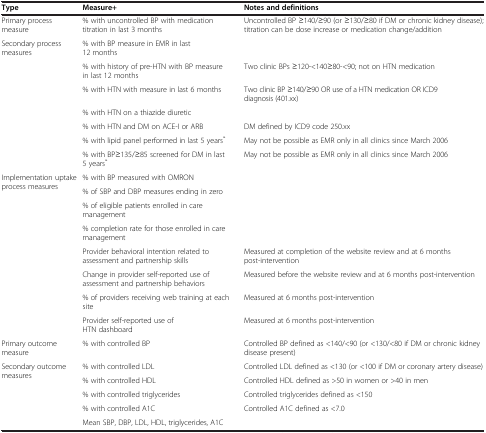
<table><thead><tr><td><b>Type</b></td><td><b>Measure+</b></td><td><b>Notes and definitions</b></td></tr></thead><tbody><tr><td>Primary process measure</td><td>% with uncontrolled BP with medication titration in last 3 months</td><td>Uncontrolled BP ≥140/≥90 (or ≥130/≥80 if DM or chronic kidney disease); titration can be dose increase or medication change/addition</td></tr><tr><td rowspan="7">Secondary process measures</td><td>% with BP measure in EMR in last 12 months</td><td> </td></tr><tr><td>% with history of pre-HTN with BP measure in last 12 months</td><td>Two clinic BPs ≥120-&lt;140≥80-&lt;90; not on HTN medication</td></tr><tr><td>% with HTN with measure in last 6 months</td><td>Two clinic BP ≥140/≥90 OR use of a HTN medication OR ICD9 diagnosis (401.xx)</td></tr><tr><td>% with HTN on a thiazide diuretic</td><td> </td></tr><tr><td>% with HTN and DM on ACE-I or ARB</td><td>DM defined by ICD9 code 250.xx</td></tr><tr><td>% with lipid panel performed in last 5 years<sup>*</sup></td><td>May not be possible as EMR only in all clinics since March 2006</td></tr><tr><td>% with BP≥135/≥85 screened for DM in last 5 years<sup>*</sup></td><td>May not be possible as EMR only in all clinics since March 2006</td></tr><tr><td rowspan="8">Implementation uptake process measures</td><td>% with BP measured with OMRON</td><td> </td></tr><tr><td>% of SBP and DBP measures ending in zero</td><td> </td></tr><tr><td>% of eligible patients enrolled in care management</td><td> </td></tr><tr><td>% completion rate for those enrolled in care management</td><td> </td></tr><tr><td>Provider behavioral intention related to assessment and partnership skills</td><td>Measured at completion of the website review and at 6 months post-intervention</td></tr><tr><td>Change in provider self-reported use of assessment and partnership behaviors</td><td>Measured before the website review and at 6 months post-intervention</td></tr><tr><td>% of providers receiving web training at each site</td><td>Measured at 6 months post-intervention</td></tr><tr><td>Provider self-reported use of HTN dashboard</td><td>Measured at 6 months post-intervention</td></tr><tr><td>Primary outcome measure</td><td>% with controlled BP</td><td>Controlled BP defined as &lt;140/&lt;90 (or &lt;130/&lt;80 if DM or chronic kidney disease present)</td></tr><tr><td rowspan="4">Secondary outcome measures</td><td>% with controlled LDL</td><td>Controlled LDL defined as &lt;130 (or &lt;100 if DM or coronary artery disease)</td></tr><tr><td>% with controlled HDL</td><td>Controlled HDL defined as &gt;50 in women or &gt;40 in men</td></tr><tr><td>% with controlled triglycerides</td><td>Controlled triglycerides defined as &lt;150</td></tr><tr><td>% with controlled A1C</td><td>Controlled A1C defined as &lt;7.0</td></tr><tr><td> </td><td>Mean SBP, DBP, LDL, HDL, triglycerides, A1C</td><td> </td></tr></tbody></table>